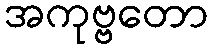
အကုဗ္ဗတော